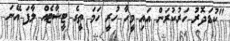
"ކުޑަދޮރު ހަރުކުރަން އައި މީހާ ހުރީ ހަމަ ތީގެ ޓީޝާޓެއް ލާފަ އޭނަ